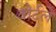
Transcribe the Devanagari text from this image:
वोर्टले